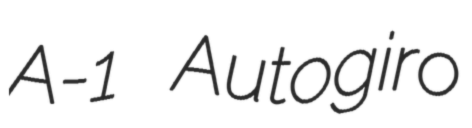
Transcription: A-1 Autogiro